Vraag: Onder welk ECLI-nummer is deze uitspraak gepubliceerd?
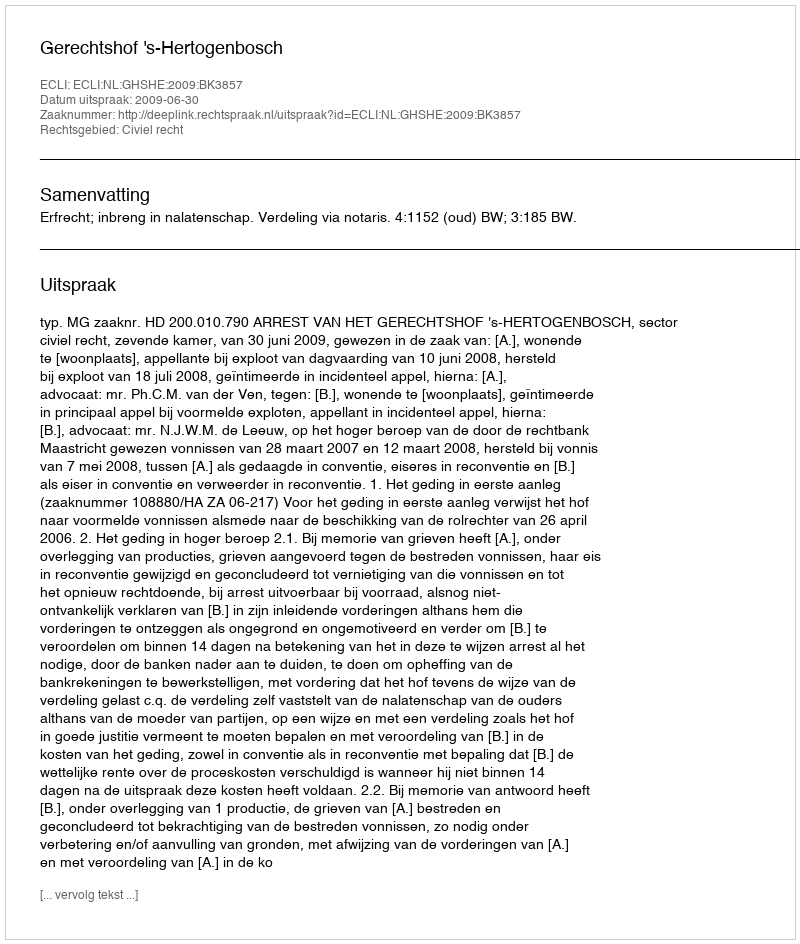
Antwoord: ECLI:NL:GHSHE:2009:BK3857